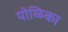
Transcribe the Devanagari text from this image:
पोळिका